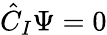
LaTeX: {\hat{C}}_{I}\Psi=0